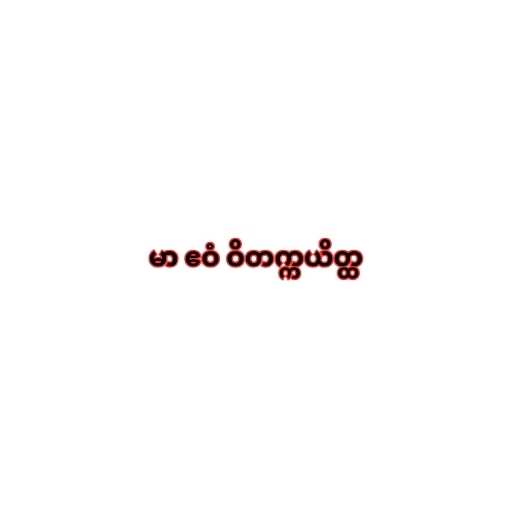
မာ ဧဝံ ဝိတက္ကယိတ္ထ